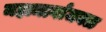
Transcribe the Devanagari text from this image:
महामार्गाजवळ